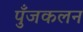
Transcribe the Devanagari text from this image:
पुँजकलन